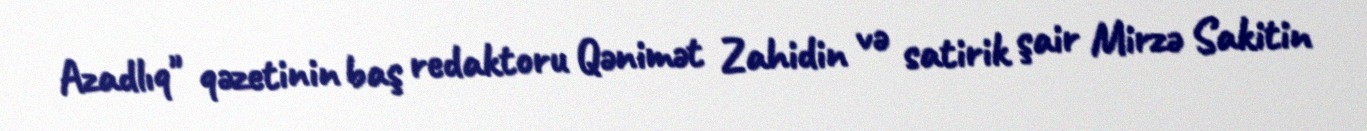
Azadlıq" qəzetinin baş redaktoru Qənimət Zahidin və satirik şair Mirzə Sakitin